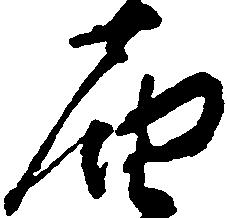
届